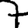
Digit: 7